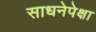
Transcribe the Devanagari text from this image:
साधनेपेक्षा